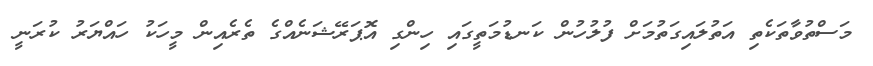
މަސްތުވާތަކެތި އަތުލައިގަތުމަށް ފުލުހުން ކަނޑުމަތީގައި ހިންގި އޮޕަރޭޝަނެއްގެ ތެރެއިން މީހަކު ހައްޔަރު ކުރަނީ